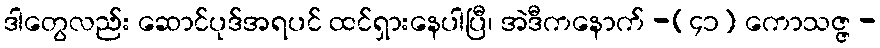
ဒါတွေလည်း ဆောင်ပုဒ်အရပင် ထင်ရှားနေပါပြီ၊ အဲဒီကနောက် -(၄၁) ကောသဇ္ဇ -